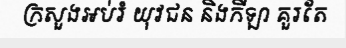
ក្រសួងអប់រំ យុវជន និងកីឡា គួរតែ